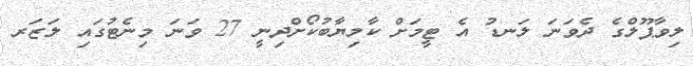
ލިވާޕޫލްގެ ދެވަނަ ލަނޑު އެ ޓީމަށް ކާމިޔާބުކޯށްދިނީ 27 ވަނަ މިނެޓުގައި ލަޒަރ